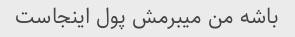
باشه من میبرمش پول اینجاست